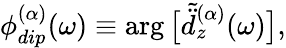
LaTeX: \phi_{dip}^{(\alpha)}(\omega)\equiv\arg\big[\tilde{\ddot{d}}_{z}^{(\alpha)}(\omega)\big],